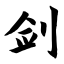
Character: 剑